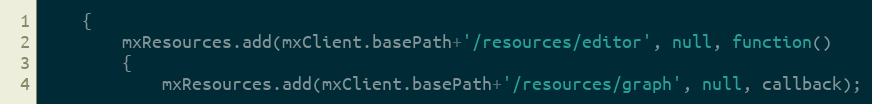
Language: JavaScript
	{
		mxResources.add(mxClient.basePath+'/resources/editor', null, function()
		{
			mxResources.add(mxClient.basePath+'/resources/graph', null, callback);